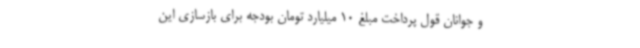
و جوانان قول پرداخت مبلغ 10 میلیارد تومان بودجه برای بازسازی این